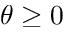
\theta \ge 0